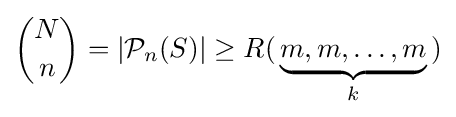
{\binom {N}{n}}=|{\mathcal {P}}_{n}(S)|\geq R(\,\underbrace {m,m,\ldots ,m} _{k}\,)